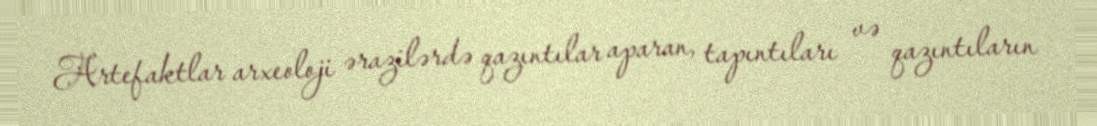
Artefaktlar arxeoloji ərazilərdə qazıntılar aparan, tapıntıları və qazıntıların